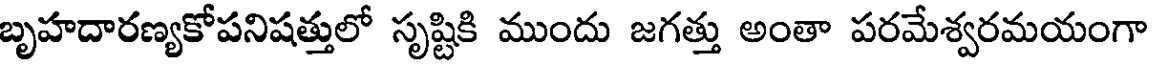
బృహదారణ్యకోపనిషత్తులో సృష్టికి ముందు జగత్తు అంతా పరమేశ్వరమయంగా